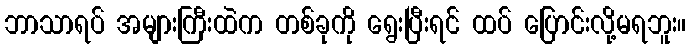
ဘာသာရပ် အများကြီးထဲက တစ်ခုကို ရွေးပြီးရင် ထပ် ပြောင်းလို့မရဘူး။